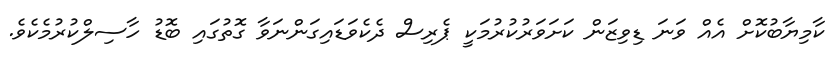
ކާމިޔާބުކޮށް އެއް ވަނަ ޑިވިޒަން ކަށަވަރުކުރުމަކީ ޕެރިސް ދެކެވަޑައިގަންނަވާ ގޮތުގައި ބޮޑު ހާސިލްކުރުމެކެވެ.